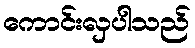
ကောင်းလှပါသည်